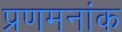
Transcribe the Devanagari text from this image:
प्रणमनांक